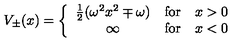
V _ { \pm } ( x ) = \left\{ \begin{array} { c l l } { { \frac { 1 } { 2 } } ( \omega ^ { 2 } x ^ { 2 } \mp \omega ) } & { \mathrm { f o r } } & { x > 0 } \\ { \infty } & { \mathrm { f o r } } & { x < 0 } \\ \end{array} \right.